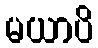
မယာပိ